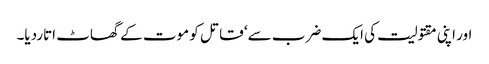
اور اپنی مقتولیت کی ایک ضرب سے‘ قاتل کو موت کے گھاٹ اتاردیا۔